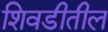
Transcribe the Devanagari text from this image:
शिवडीतील